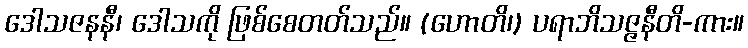
ဒေါသဇနနီ၊ ဒေါသကို ဖြစ်စေတတ်သည်။ (ဟောတိ၊) ပရာဘိသဇ္ဇနီတိ-ကား။